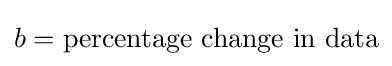
b={\text{percentage change in data}}